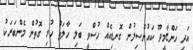
އަދި ހަންޏާމީދޫ ކައުންސިލުން ގޮނޑިއެއް ހުސްވީ ބަލި ހާލަތު ހުރި ގޮތުން މެންބަރަކު